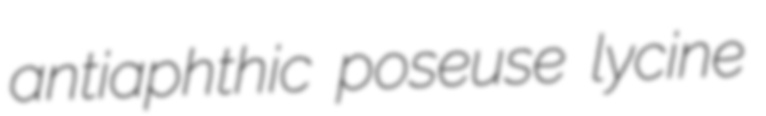
antiaphthic poseuse lycine